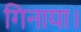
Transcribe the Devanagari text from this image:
गिनाया।